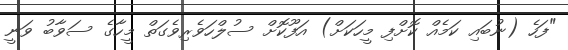
"ފަހެ (ނުބައި ކަމެއް ކޮށްފި މީހަކަށް) އަފޫކޮށް ސުލްހަވެރިވެގަތް މީހާގެ ސަވާބު ވަނީ